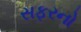
સફરનો